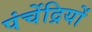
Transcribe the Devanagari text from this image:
पंचेंद्रियों